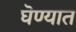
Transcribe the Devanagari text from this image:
घॆण्यात